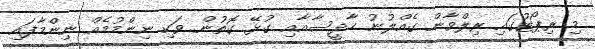
މި ރިޕޯޓުގައި ރިލްވާން ގެއްލުނު ހާދީސާއާއި ގުޅޭ ގޮތުން ވަކި ނިންމުމެއް ނިންމާފައި